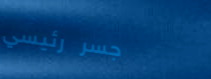
جسر رئيسي